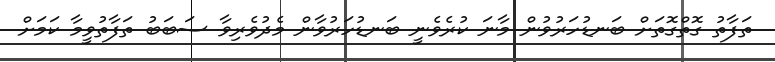
ތަފާތު ގޮތްގޮތަށް ބަނޑުހަރުވުން މާނަ ކުރެވެނީ ބަނޑުހަރުވާން މެދުވެރިވާ ސަބަބު ތަފާތުވީމާ ކަމަށް